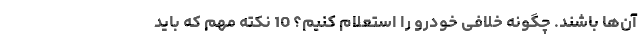
آن‌ها باشند. چگونه خلافی خودرو را استعلام کنیم؟ 10 نکته مهم که باید